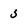
Character: 5